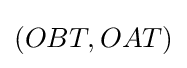
(OBT,OAT)